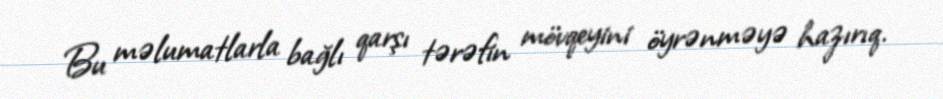
Bu məlumatlarla bağlı qarşı tərəfin mövqeyini öyrənməyə hazırıq.